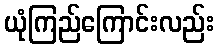
ယုံကြည်ကြောင်းလည်း